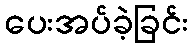
ပေးအပ်ခဲ့ခြင်း